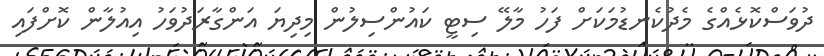
ދުވަސްކޮޅެއްގެ މެދުކެނޑުމަކަށް ފަހު މާލޭ ސިޓީ ކައުންސިލުން މިދިޔަ އަންގާރަދުވަހު އިއުލާން ކޮށްފައި